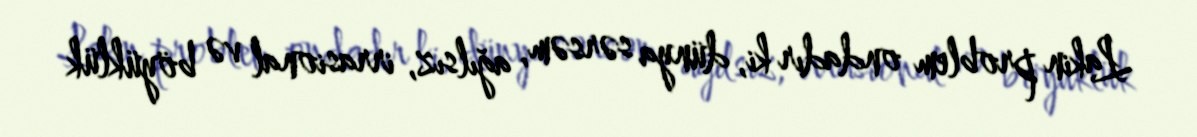
Lakin problem ondadır ki, dünya sərsəm, ağılsız, irrasional və böyüklük